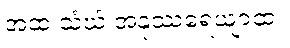
အထ သံဃံ အနုဿရေယျာထ။